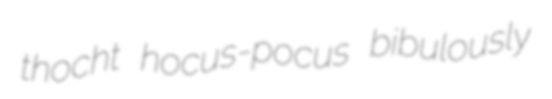
thocht hocus-pocus bibulously